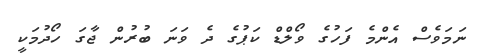
ނަމަވެސް އެންމެ ފަހުގެ ވޯލްޑް ކަޕުގެ ދެ ވަނަ ބުރުން ޖާގަ ހޯދުމަކީ